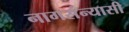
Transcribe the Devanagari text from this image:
नागसंन्यासी